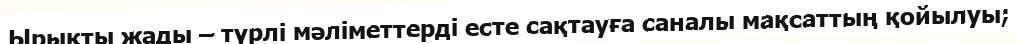
Ырықты жады – түрлі мәліметтерді есте сақтауға саналы мақсаттың қойылуы;